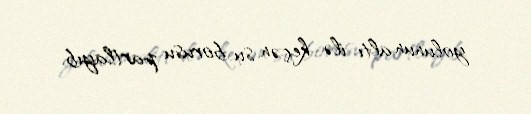
yolunun altı ilə keçən su borusu partlayıb.